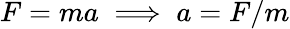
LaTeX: F=ma\implies a=F/m